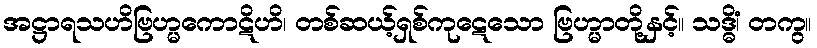
အဋ္ဌာရသဟိဗြဟ္မကောဋိဟိ၊ တစ်ဆယ့်ရှစ်ကုဋေသော ဗြဟ္မာတို့နှင့်။ သဒ္ဓိံ၊ တကွ။